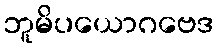
ဘူမိပယောဂဗေဒ